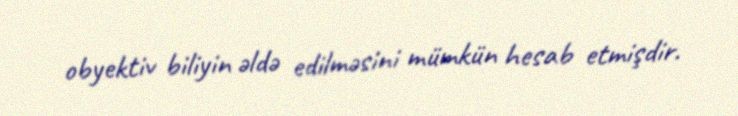
obyektiv biliyin əldə edilməsini mümkün hesab etmişdir.